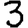
Digit: 3